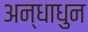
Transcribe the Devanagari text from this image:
अन्धाधुन